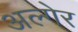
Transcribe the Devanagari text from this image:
अल्गेर